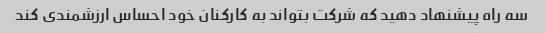
سه راه پیشنهاد دهید که شرکت بتواند به کارکنان خود احساس ارزشمندی کند